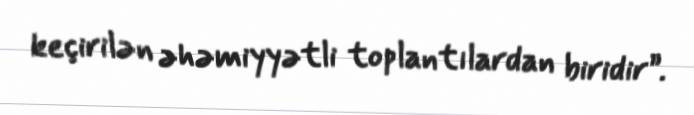
keçirilən əhəmiyyətli toplantılardan biridir”.